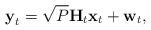
LaTeX: \begin{align*}\boldsymbol{\mathrm{y}}_{t} =\sqrt{P}\boldsymbol{\mathrm{H}}_{t}\boldsymbol{\mathrm{x}}_{t} + \boldsymbol{\mathrm{w}}_{t},\end{align*}